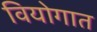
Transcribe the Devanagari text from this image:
वियोगात